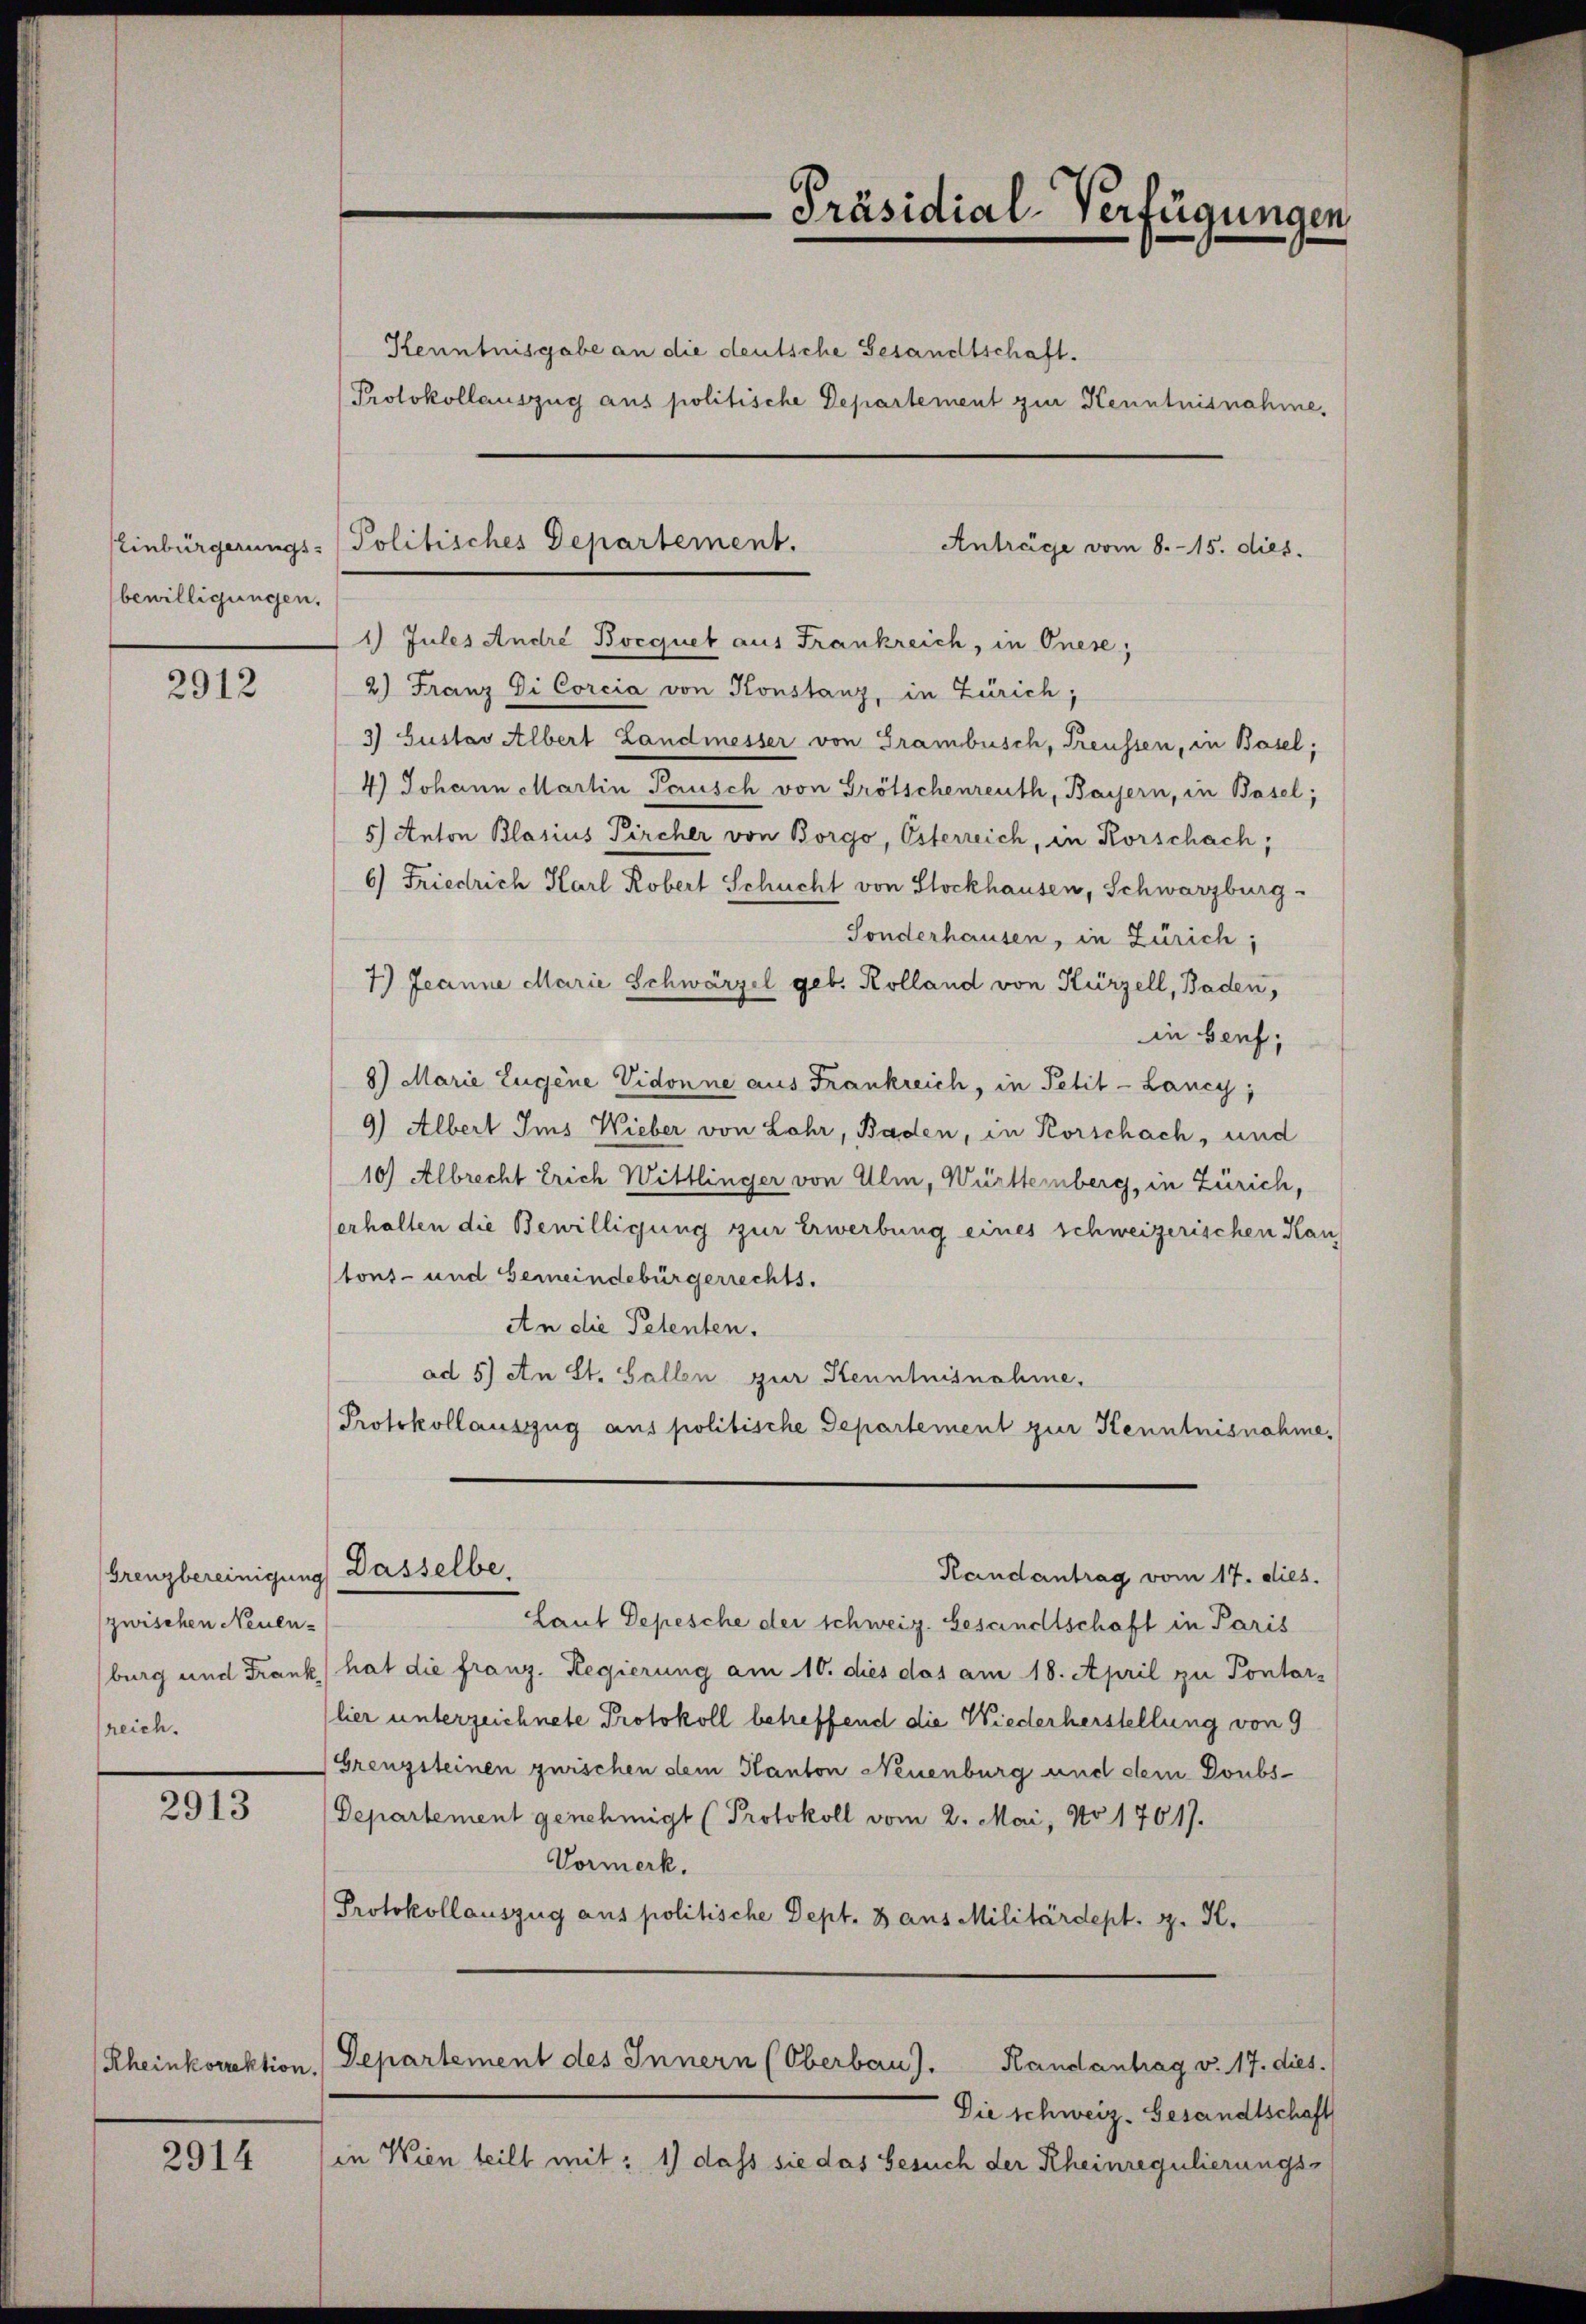
bewilligungen.

2912

Grenzbereinigung Dasselbe.
zwischen Neuen-
reich.

2913

Rheinkorrektion

2914

-Präsidial-Verfügungen
Kenntnisgabe an die deutsche Gesandtschaft.
Protokollauszug aus politische Departement zur Kenntnisnahme,

1) Jules André Bocquet aus Frankreich, in Onese,
2) Franz Di Corcia von Konstanz, in Zürich,
3) Gustav Albert Landmesser von Grambusch, Treussen, in Basel;
4) Johann Martin Pausch von Grötschenreuth, Bayern, in Basel;
5) Anton Blasius Pircher von Borgo, Österreich, in Korschach;
6) Friedrich Harl Robert Schucht von Stockhausen, Schwarzburg.
Sonderhausen, in Zürich;
7.) Jeanne Marie Schwärzel geb. Kolland von Kürzell, Baden,
in Genf,
8) Marie Eugene Vidonne aus Frankreich, in Petit-Lancy,
9) Albert Ims Wieber von Lohr, Baden, in Korschach, und
10) Albrecht Erich Wittlinger von Ulm, Württemberg, in Zürich,
erhalten die Bewilligung zur Erwerbung eines schweizerischen Han
tons- und Gemeindebürgerrechts.
An die Petenten.
ad 5) An St. Gallen zur Kenntnisnahme,
Protokollauszug aus politische Departement zur Kenntnisnahme,

Einbürgerungs-Politisches Departement.
Anträge vom 8. 15. dies.

Departement des Innern (Oberbau). Randantrag v. 17. dies.
.

Handantrag vom 17. dies.
Laut Depesche der schweiz. Gesandtschaft in Paris
burg und Frank hat die franz. Regierung am 10. dies das am 18. April zu Pontar-
(lier unterzeichnete Protokoll betreffend die Wiederherstellung von 9
Grenzsteinen zwischen dem Kanton Neuenburg und dem Doubs¬
Departement genehmigt (Protokoll vom 2. Mai, No 1761).
Vormerk.
Protokollauszug aus politische Dept. 3 aus Militärdept. H. H.

Die schweiz. Gesandtschaft
in Wien teilt mit: 1) dass sie das Gesuch der Rheinregulierungs¬